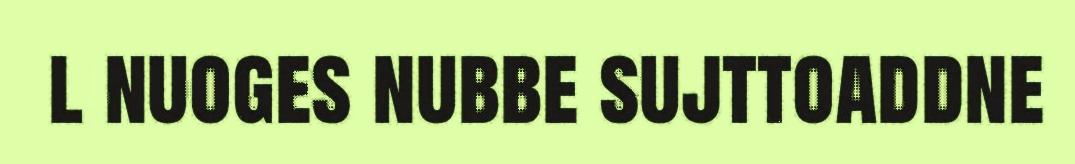
l nuoges nubbe sujttoaddne